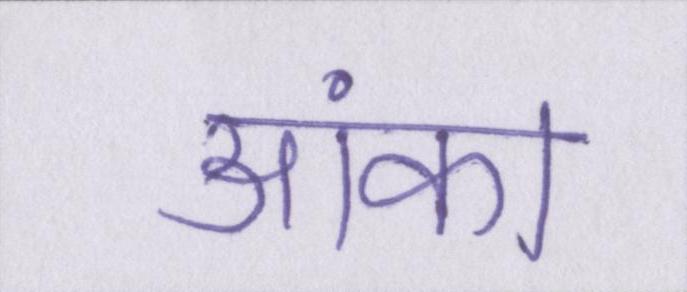
आंका